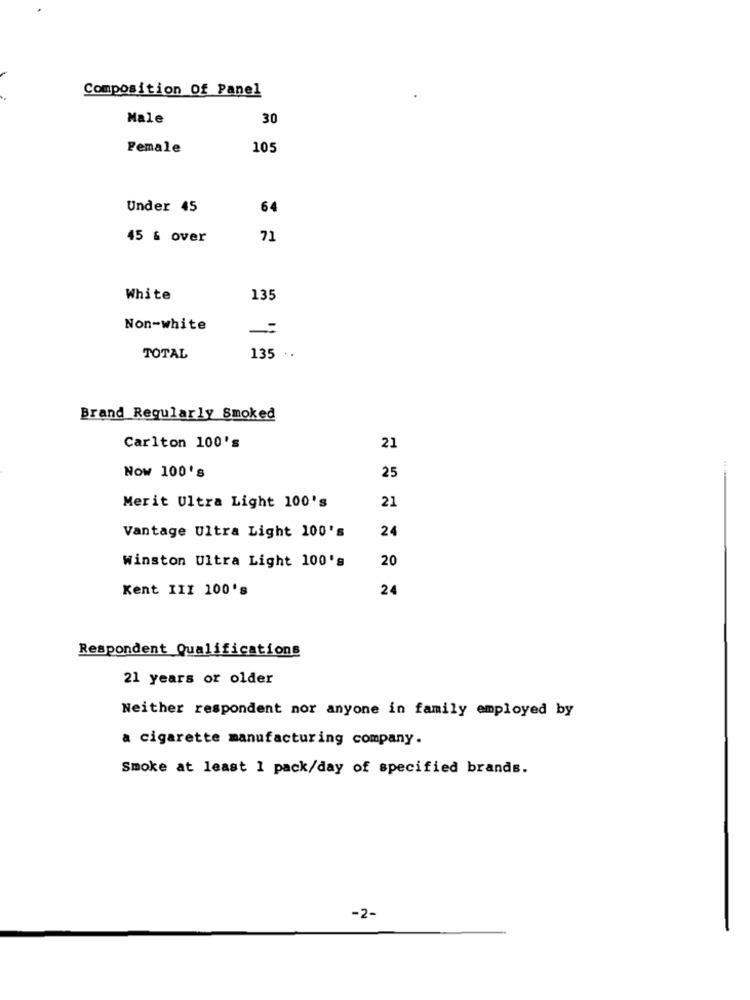
Composition Of Panel
Male
30
Female
105
Under 45
64
45 & over
71
White
135
Non-white
=
TOTAL
135 .
Brand Regularly Smoked
Carlton 100's
21
Now 100's
25
21
Merit Ultra Light 100's
24
Vantage Ultra Light 100's
20
Winston Ultra Light 100's
Kent III 100's
24
Respondent Qualifications
21 years or older
Neither respondent nor anyone in family employed by
a cigarette manufacturing company.
Smoke at least 1 pack/day of specified brands.
-2-